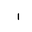
Letter: _alif